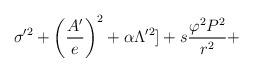
LaTeX: \begin{align*}\sigma'^2 + \left(\frac{A'}{e}\right)^2 + \alpha \Lambda'^2] + s\frac{\varphi^2P^2}{r^2} +\end{align*}